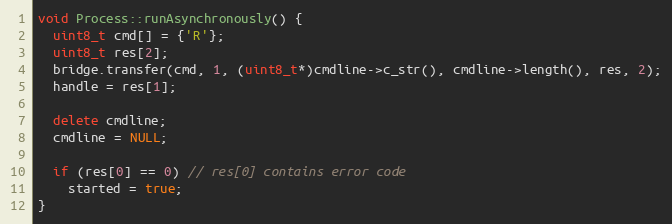
Language: C++
void Process::runAsynchronously() {
  uint8_t cmd[] = {'R'};
  uint8_t res[2];
  bridge.transfer(cmd, 1, (uint8_t*)cmdline->c_str(), cmdline->length(), res, 2);
  handle = res[1];

  delete cmdline;
  cmdline = NULL;

  if (res[0] == 0) // res[0] contains error code
    started = true;
}